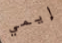
إيمي